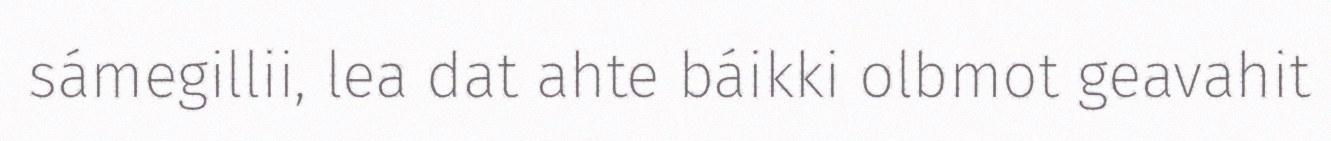
sámegillii, lea dat ahte báikki olbmot geavahit